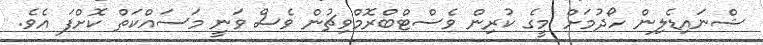
ޝްނައިޑެލިން ހޯދުމަށް މީގެ ކުރިން ވެސްޓްބްރޮމްވިޗުން ވެސް ވަނީ މަސައްކަތް ކޮށްފަ އެވެ.